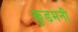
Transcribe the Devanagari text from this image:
कुडमनी